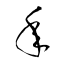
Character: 秊